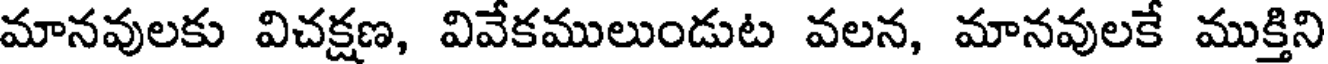
మానవులకు విచక్షణ, వివేకములుండుట వలన, మానవులకే ముక్తిని